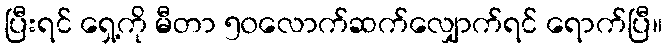
ပြီးရင် ရှေ့ကို မီတာ ၅၀လောက်ဆက်လျှောက်ရင် ရောက်ပြီ။